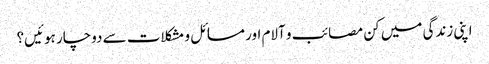
اپنی زندگی میں کن مصائب و آلام اور مسائل و مشکلات سے دوچار ہوئیں؟